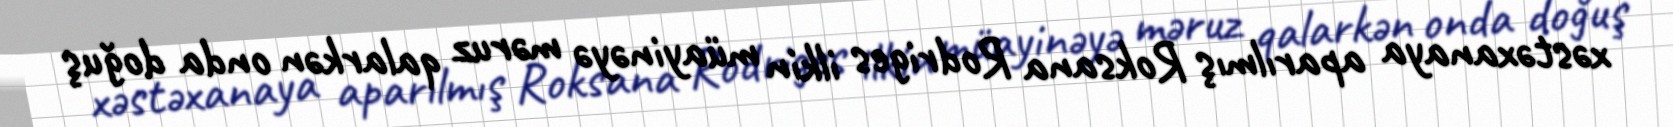
xəstəxanaya aparılmış Roksana Rodriges ilkin müayinəyə məruz qalarkən onda doğuş